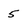
Character: 5